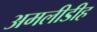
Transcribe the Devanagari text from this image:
अमलीडीह